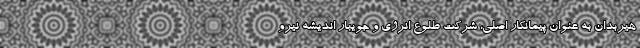
هیربدان به عنوان پیمانکار اصلی، شرکت طلوع انرژی و جویبار اندیشه نیرو